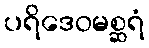
ပရိဒေဝမစ္ဆရံ